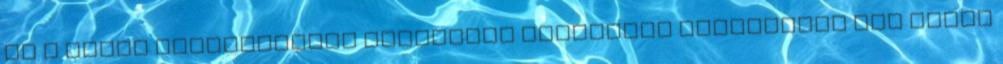
ha a helyi önkormányzat képviselő testülete rendeletet hoz annak